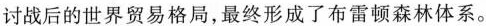
讨战后的世界贸易格局，最终形成了布雷顿森林体系。